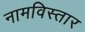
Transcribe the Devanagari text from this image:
नामविस्‍तार